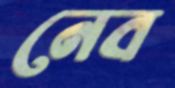
নেব